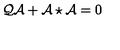
{ \cal Q } \mathcal { A } + \mathcal { A } \star \mathcal { A } = 0